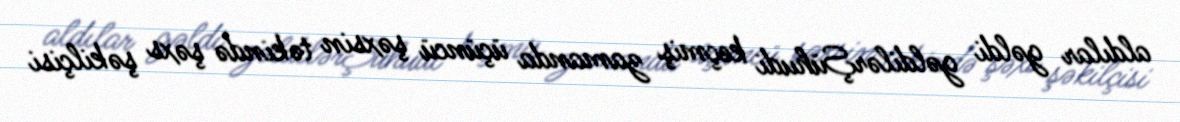
aldılar gəldi gəldilərŞühudi keçmiş zamanda üçüncü şəxsin təkində şəxs şəkilçisi